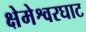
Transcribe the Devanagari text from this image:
क्षेमेश्वरघाट